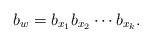
LaTeX: \begin{align*}b_w=b_{x_1}b_{x_2}\cdots b_{x_k}.\end{align*}